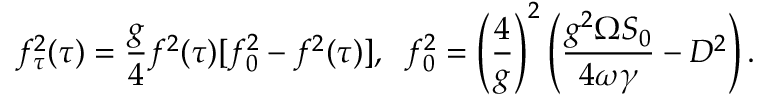
f _ { \tau } ^ { 2 } ( \tau ) = \frac { g } { 4 } f ^ { 2 } ( \tau ) [ f _ { 0 } ^ { 2 } - f ^ { 2 } ( \tau ) ] , \; \; f _ { 0 } ^ { 2 } = \left( \frac { 4 } { g } \right) ^ { 2 } \left( \frac { g ^ { 2 } \Omega S _ { 0 } } { 4 \omega \gamma } - D ^ { 2 } \right) .